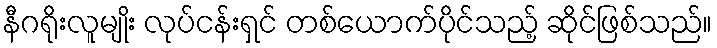
နီဂရိုးလူမျိုး လုပ်ငန်းရှင် တစ်ယောက်ပိုင်သည့် ဆိုင်ဖြစ်သည်။